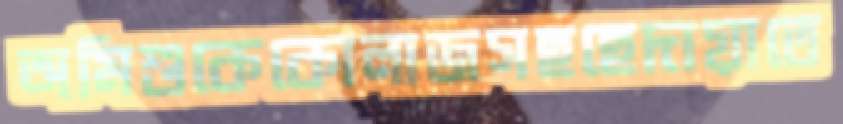
অমিশুকেকোলাজসহহেদায়াতে